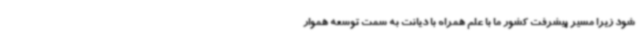
شود زیرا مسیر پیشرفت کشور ما با علم همراه با دیانت به سمت توسعه هموار